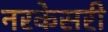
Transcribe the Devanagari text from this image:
नरकेसरी